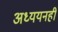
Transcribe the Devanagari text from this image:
अध्ययनही